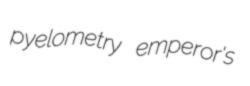
pyelometry emperor's